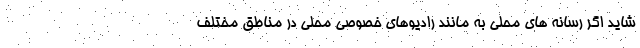
شاید اگر رسانه های محلی به مانند رادیوهای خصوصی محلی در مناطق مختلف